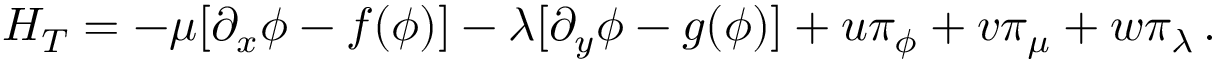
{ \cal H } _ { T } = - \mu [ \partial _ { x } \phi - f ( \phi ) ] - \lambda [ \partial _ { y } \phi - g ( \phi ) ] + u \pi _ { \phi } + v \pi _ { \mu } + w \pi _ { \lambda } \, .